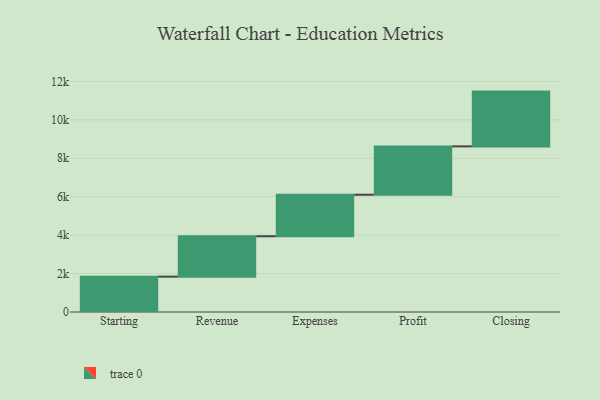
{"axis": {"x": "Step", "y": "Value"}, "legend": [""], "data": [{"x": "Starting", "y": 1841.0, "type": ""}, {"x": "Revenue", "y": 2101.0, "type": ""}, {"x": "Expenses", "y": 2162.0, "type": ""}, {"x": "Profit", "y": 2516.0, "type": ""}, {"x": "Closing", "y": 2851.0, "type": ""}]}